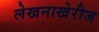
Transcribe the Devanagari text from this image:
लेखनाखेरीज